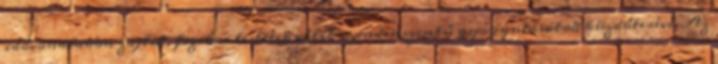
idővonalakon zajlik, fizikai testetek válik mindenszintű gyógyulásotok küzdőterévé. Az